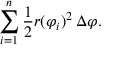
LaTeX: \sum _ { i = 1 } ^ { n } { \frac { 1 } { 2 } } r ( \varphi _ { i } ) ^ { 2 } \, \Delta \varphi .